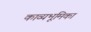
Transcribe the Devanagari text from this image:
काव्यभूमिका